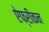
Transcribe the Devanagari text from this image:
ऐफ्रीकन